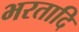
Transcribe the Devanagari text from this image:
भरतादि